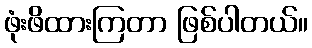
ဖုံးဖိထားကြတာ ဖြစ်ပါတယ်။